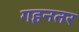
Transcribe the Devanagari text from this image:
गहनतर